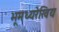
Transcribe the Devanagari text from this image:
भूमध्यरेखिय